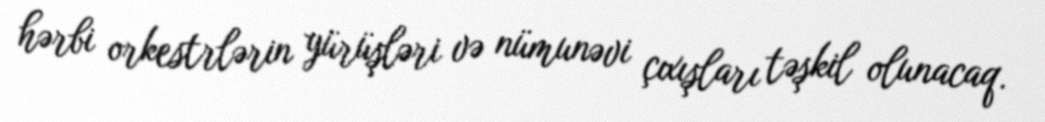
hərbi orkestrlərin yürüşləri və nümunəvi çıxışları təşkil olunacaq.